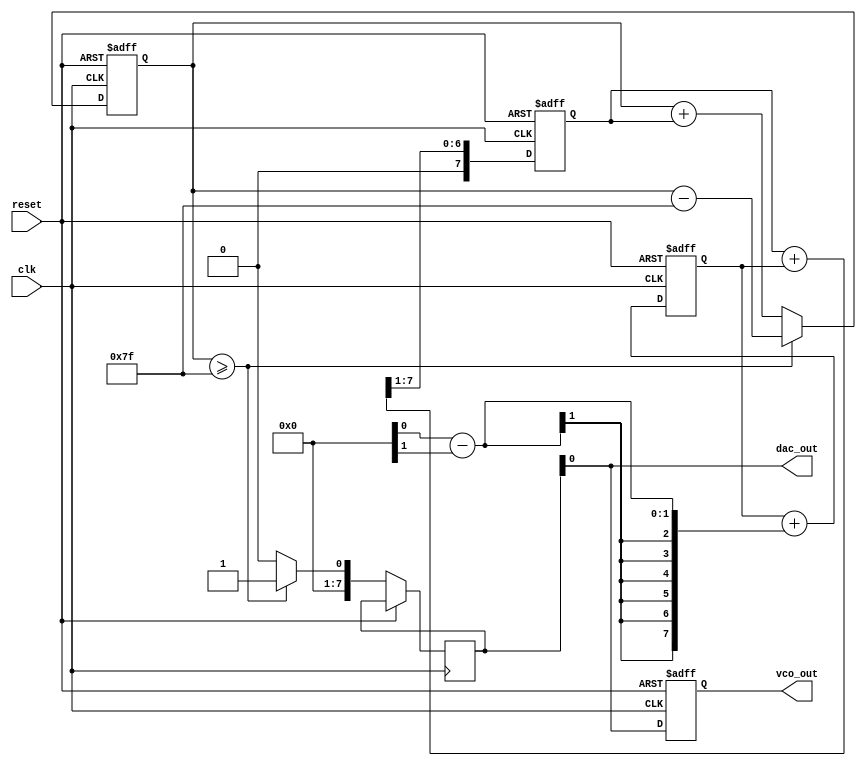
module sigma_delta_pll (
    input  wire clk,               // Input reference clock
    input  wire reset,             // Active high reset
    output reg  vco_out,           // Output of the VCO
    output wire dac_out            // Output of the DAC
);

    // Parameters
    parameter N = 8;               // Sigma-Delta Modulator order (for oversampling)
    parameter VCO_MAX = 255;       // VCO maximum value
    parameter TARGET_FREQUENCY = 50; // Target frequency in Hz
    
    // Internal Signals
    reg [N-1:0] phase_error;       // Phase error from the phase detector
    reg [N-1:0] filtered_signal;    // Output signal from the low-pass filter
    reg [N-1:0] sigma_delta_reg;    // Register for Sigma-Delta Modulator
    wire [N-1:0] dac_input;        // Input to the DAC
    
    // Phase Detector (Simple example: edge detector)
    always @(posedge clk or posedge reset) begin
        if (reset) begin
            phase_error <= 0;
        end else begin
            // Phase error calculation (simplified example)
            phase_error <= phase_error + (input_signal - vco_feedback); // Placeholder for input_signal and feedback
        end
    end

    // Low-Pass Filter (Simple averaging implementation)
    always @(posedge clk or posedge reset) begin
        if (reset) begin
            filtered_signal <= 0;
        end else begin
            filtered_signal <= (filtered_signal + phase_error) >> 1; // Simple averaging filter
        end
    end

    // Sigma-Delta Modulator
    always @(posedge clk or posedge reset) begin
        if (reset) begin
            sigma_delta_reg <= 0;
        end else begin
            sigma_delta_reg <= sigma_delta_reg + filtered_signal; // Integrate the filtered signal
            if (sigma_delta_reg >= (VCO_MAX >> 1)) begin
                dac_input <= 1; // PWM output
                sigma_delta_reg <= sigma_delta_reg - (VCO_MAX >> 1); // Reset integrator
            end else begin
                dac_input <= 0;
            end
        end
    end

    // Digital-to-Analog Converter (DAC - simple placeholder)
    assign dac_out = dac_input;

    // Voltage-Controlled Oscillator (VCO - simplified, not realistic)
    always @(posedge clk or posedge reset) begin
        if (reset) begin
            vco_out <= 0; // Reset VCO output
        end else begin
            vco_out <= dac_out; // VCO output driven directly by DAC output
        end
    end

endmodule